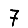
Digit: 7